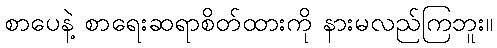
စာပေနဲ့ စာရေးဆရာစိတ်ထားကို နားမလည်ကြဘူး။